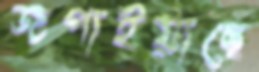
জপাইয়াছে